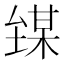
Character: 𪤘